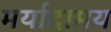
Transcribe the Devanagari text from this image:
मर्यादामय